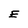
Character: E